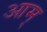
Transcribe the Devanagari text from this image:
आम्